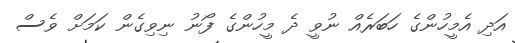
އަދި އެމީހުންގެ ހަބަރެއް ނުވީ ދެ މީހުންގެ ފޯނު ނިވިގެން ކަމަށް ވެސް